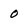
Character: 0